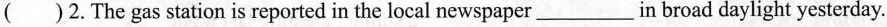
( )2.The gas station is reported in the local newspaper_in broad daylight yesterday.